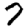
Digit: 7